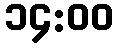
၁၄:၀၀